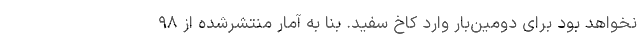
نخواهد بود برای دومین‌بار وارد کاخ سفید. بنا به آمار منتشرشده از ۹۸